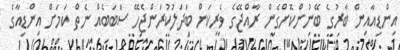
އިންޑިއާއިން ބާރުގެ ބޭނުންކޮށްގެން ރާއްޖޭގެ ވެރިކަން ބަދަލުކުރަންޖެހޭ ސަބަބެއް ނެތް ކަމަށް އިންޑިއާގެ